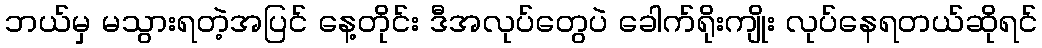
ဘယ်မှ မသွားရတဲ့အပြင် နေ့တိုင်း ဒီအလုပ်တွေပဲ ခေါက်ရိုးကျိုး လုပ်နေရတယ်ဆိုရင်